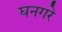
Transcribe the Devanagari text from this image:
घनगरे